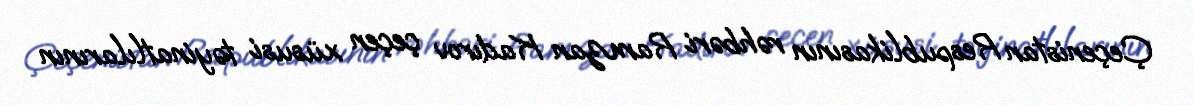
Çeçenistan Respublikasının rəhbəri Ramzan Kadırov çeçen xüsusi təyinatlılarının